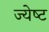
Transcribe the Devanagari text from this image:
ज्‍येष्‍ट